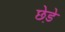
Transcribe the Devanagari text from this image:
छेडे़